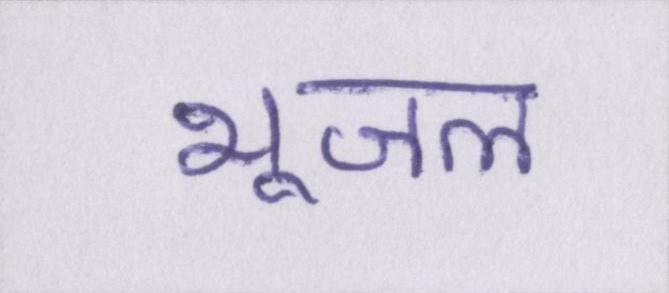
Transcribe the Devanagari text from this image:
भूजल